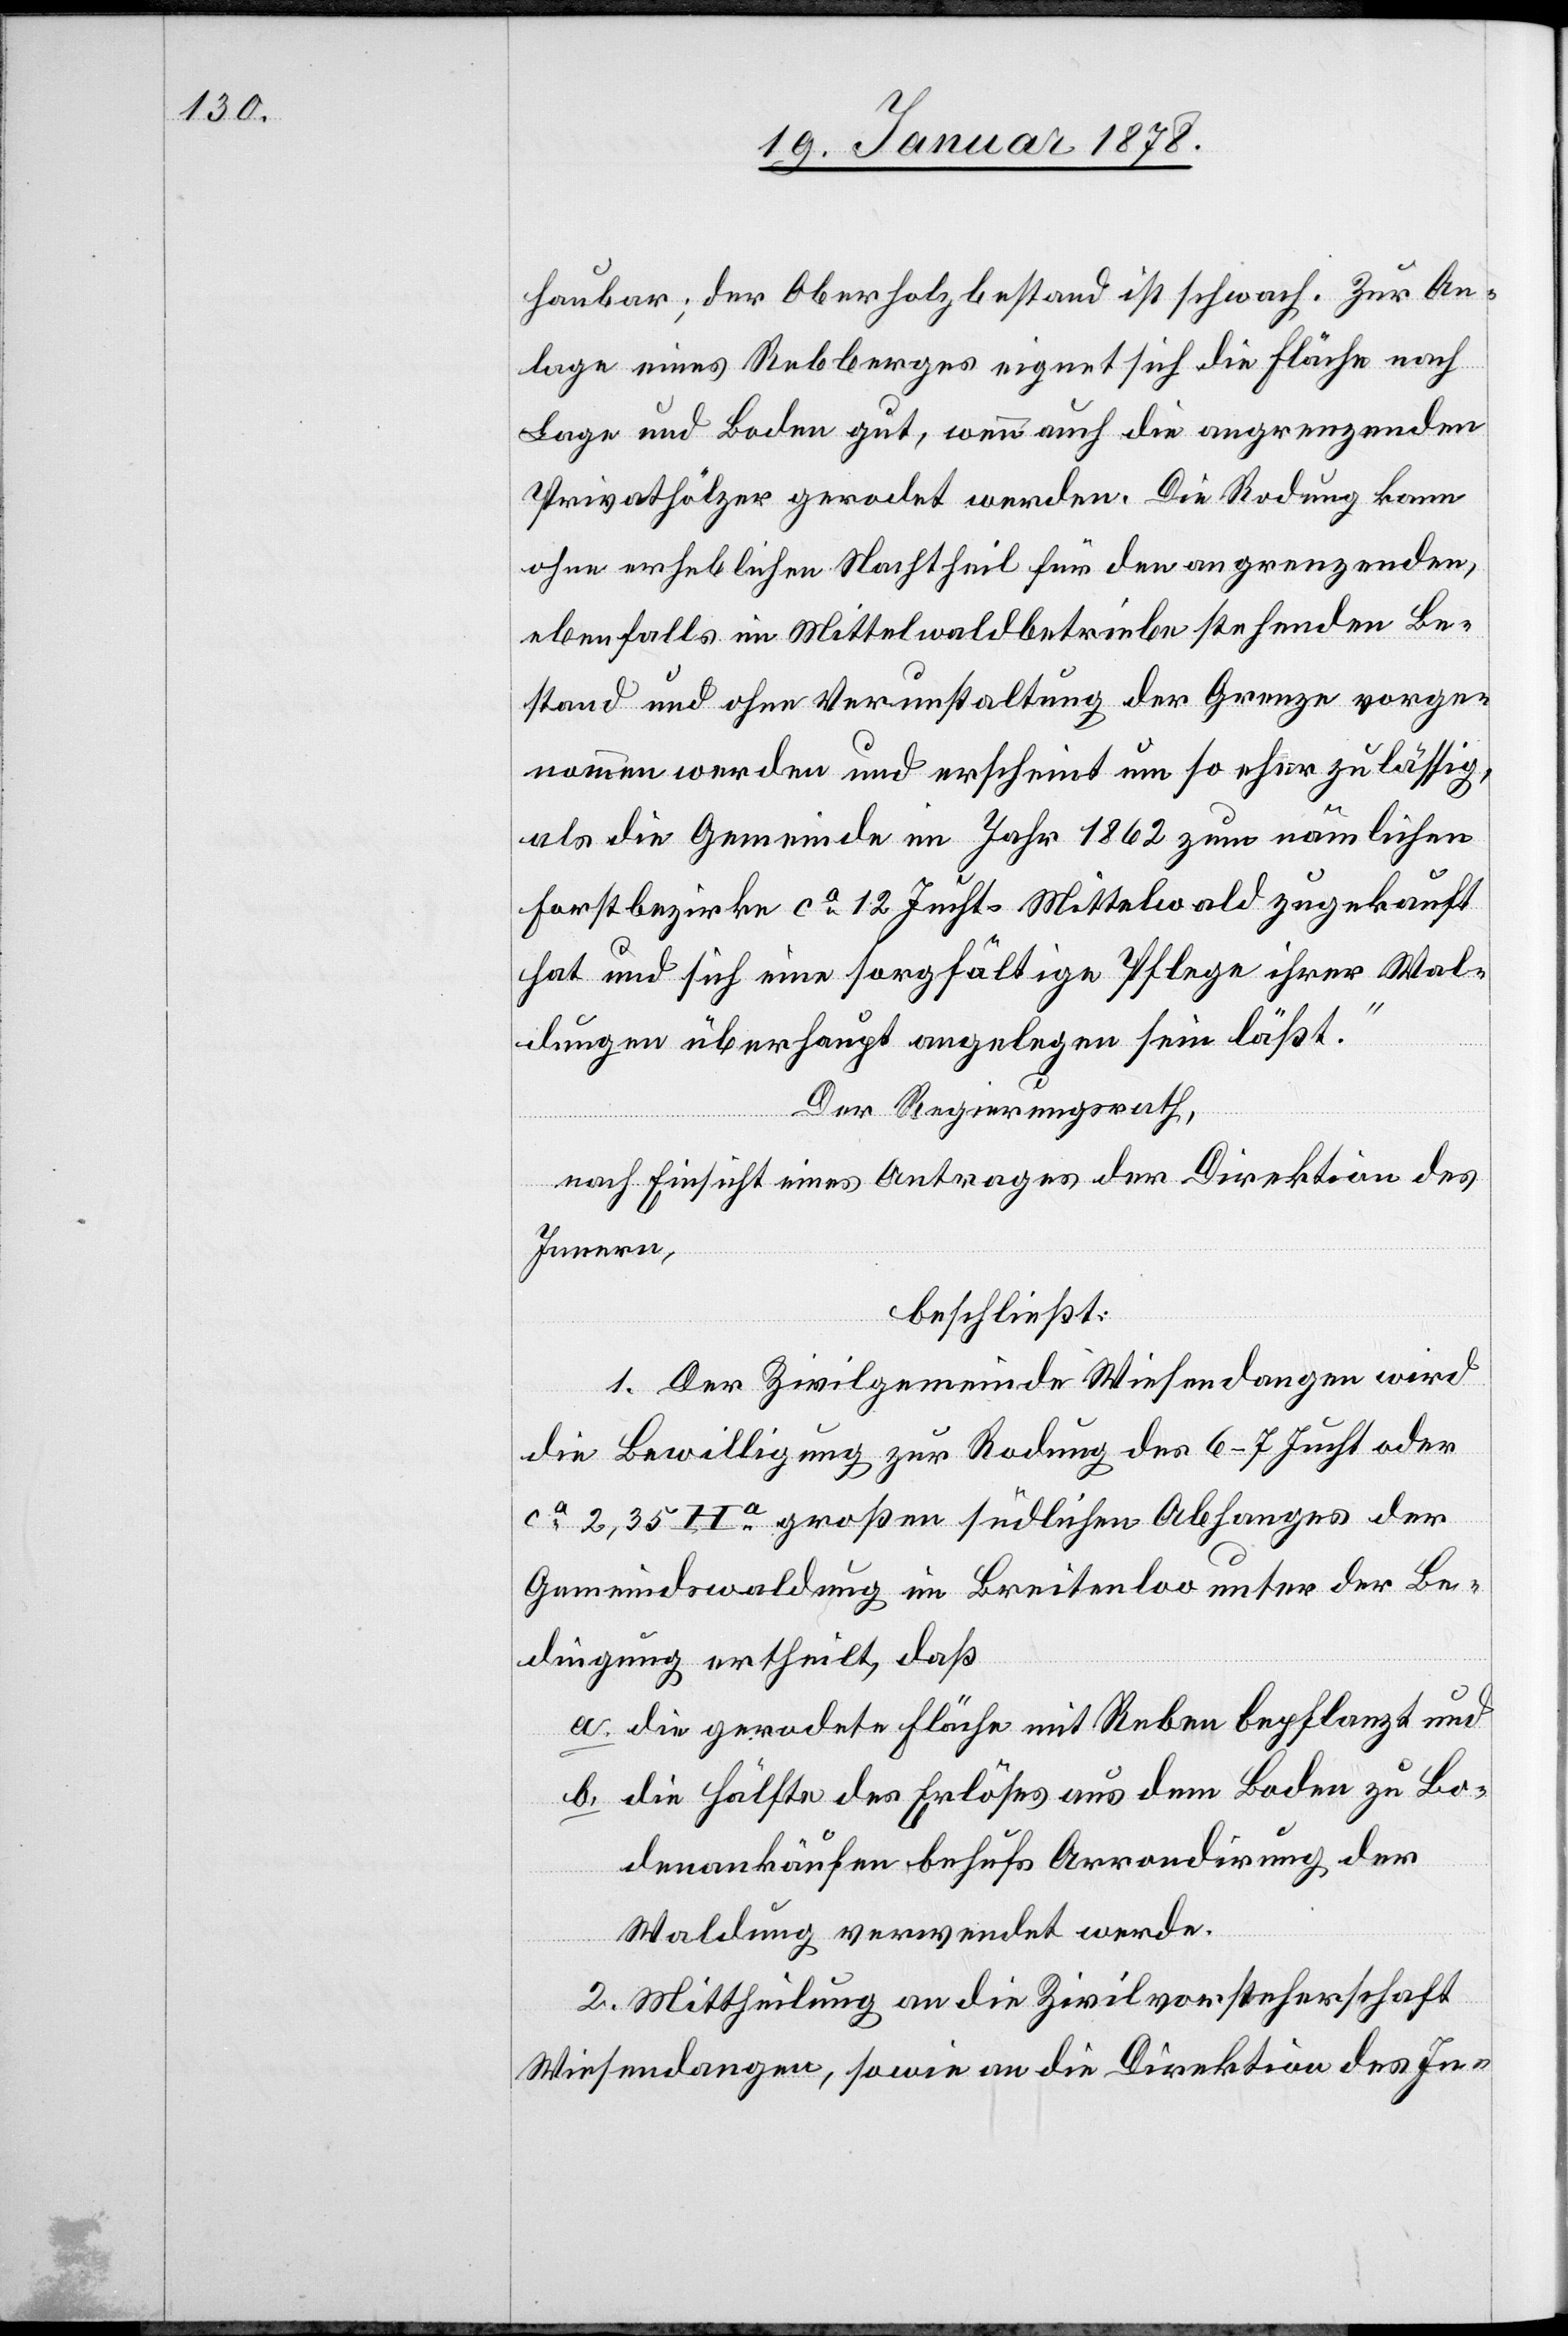
haubar; der Oberholzbestand ist schwach. Zur An¬
lage eines Rebberges eignet sich die Fläche nach
Lage und Boden gut, wenn auch die angrenzenden
Privathölzer gerodet werden. Die Rodung kann
ohne erheblichen Nachtheil für den angrenzenden,
ebenfalls im Mittelwaldbetriebe stehenden Be¬
stand und ohne Verunstaltung der Grenze vorge¬
nommen werden und erscheint um so eher zulässig,
als die Gemeinde im Jahr 1862 zur nämlichen
Forstbezirke ca 12 Jucht, Mittelwald zugekauft
hat und sich eine sorgfältige Pflege ihrer Wal¬
dungen überhaupt angelegen sein läßt.“
Der Regierungsrath,
nach Einsicht eines Antrages der Direktion des
Innern,
beschließt:
1. Der Zivilgemeinde Wiesendangen wird
die Bewilligung zur Rodung des 6–7 Jucht oder
ca. 2,35 Ha. großen südlichen Abhanges der
Gemeindswaldung im Breitenloo unter der Be¬
dingung ertheilt, daß
a. die gerodete Fläche mit Reben bepflanzt und
b. die Hälfte des Erlöses aus dem Boden zu Bo¬
denankäufen behufs Arrondirung der
Waldung verwendet werde.
2. Mittheilung an die Zivilvorsteherschaft
Wiesendangen, sowie an die Direktion des In-